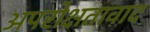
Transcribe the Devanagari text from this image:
अपरोक्षतावाद